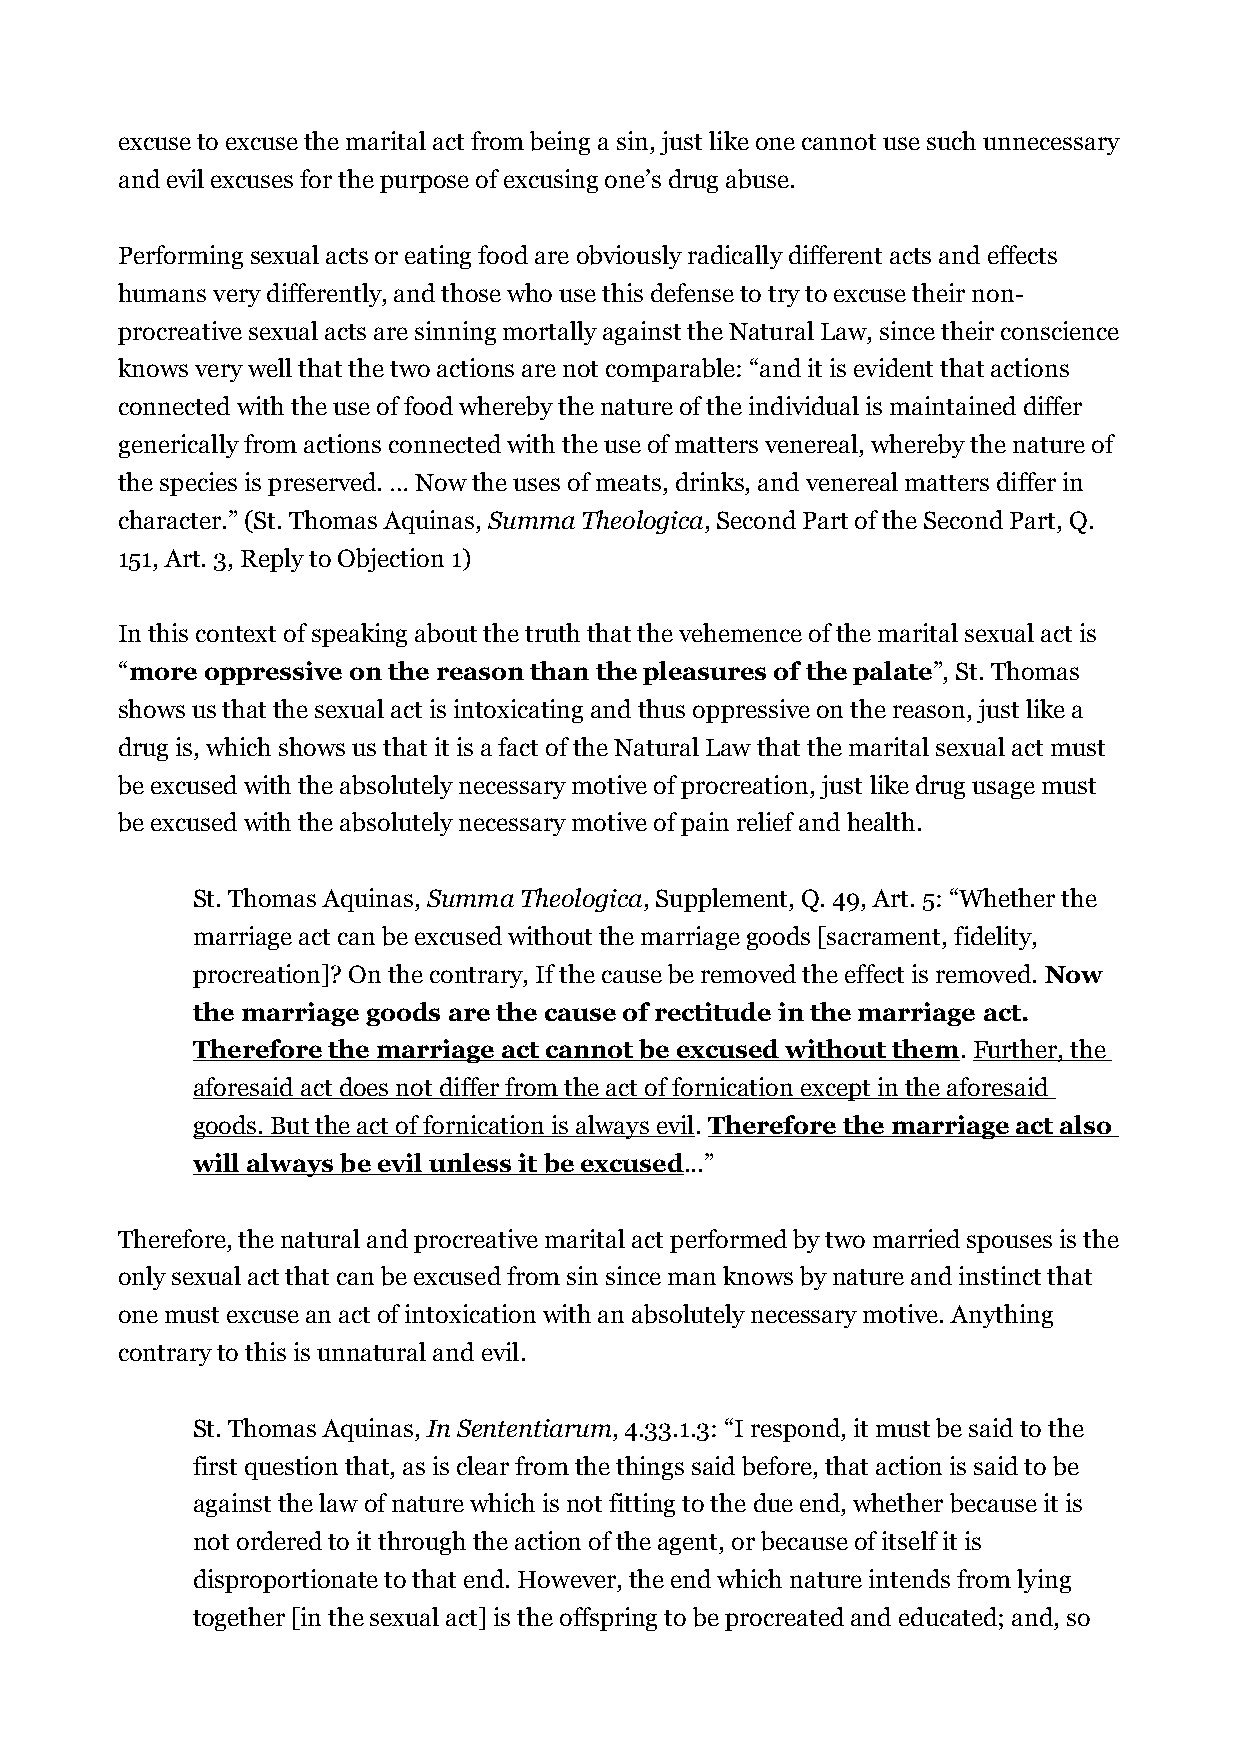
excuse to excuse the marital act from being a sin, just like one cannot use such unnecessary
 and evil excuses for the purpose of excusing one’s drug abuse.
 Performing sexual acts or eating food are obviously radically different acts and effects
 humans very differently, and those who use this defense to try to excuse their non-
 procreative sexual acts are sinning mortally against the Natural Law, since their conscience
 knows very well that the two actions are not comparable: “and it is evident that actions
 connected with the use of food whereby the nature of the individual is maintained differ
 generically from actions connected with the use of matters venereal, whereby the nature of
 the species is preserved. … Now the uses of meats, drinks, and venereal matters differ in
 character.” (St. Thomas Aquinas, Summa Theologica, Second Part of the Second Part, Q.
 151, Art. 3, Reply to Objection 1)
 In this context of speaking about the truth that the vehemence of the marital sexual act is
 “more oppressive on the reason than the pleasures of the palate”, St. Thomas
 shows us that the sexual act is intoxicating and thus oppressive on the reason, just like a
 drug is, which shows us that it is a fact of the Natural Law that the marital sexual act must
 be excused with the absolutely necessary motive of procreation, just like drug usage must
 be excused with the absolutely necessary motive of pain relief and health.
 St. Thomas Aquinas, Summa Theologica, Supplement, Q. 49, Art. 5: “Whether the
 marriage act can be excused without the marriage goods [sacrament, fidelity,
 procreation]? On the contrary, If the cause be removed the effect is removed. Now
 the marriage goods are the cause of rectitude in the marriage act.
 Therefore the marriage act cannot be excused without them. Further, the
 aforesaid act does not differ from the act of fornication except in the aforesaid
 goods. But the act of fornication is always evil. Therefore the marriage act also
 will always be evil unless it be excused...”
 Therefore, the natural and procreative marital act performed by two married spouses is the
 only sexual act that can be excused from sin since man knows by nature and instinct that
 one must excuse an act of intoxication with an absolutely necessary motive. Anything
 contrary to this is unnatural and evil.
 St. Thomas Aquinas, In Sententiarum, 4.33.1.3: “I respond, it must be said to the
 first question that, as is clear from the things said before, that action is said to be
 against the law of nature which is not fitting to the due end, whether because it is
 not ordered to it through the action of the agent, or because of itself it is
 disproportionate to that end. However, the end which nature intends from lying
 together [in the sexual act] is the offspring to be procreated and educated; and, so